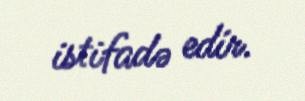
istifadə edir.